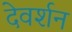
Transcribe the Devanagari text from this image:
देवर्शन